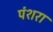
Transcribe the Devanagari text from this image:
पंशरा